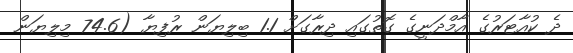
ދެ ކުއާޓަރުގެ އާމްދަނީގެ ގޮތުގައި ދިރާގަށް 1.1 ބިލިޔަން ރުފިޔާ (74.6 މިލިޔަން